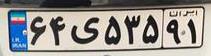
۶۴ی۵۳۵۹۱